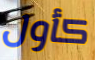
كأول